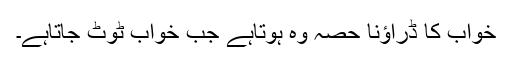
خواب کا ڈراؤنا حصہ وہ ہوتاہے جب خواب ٹوٹ جاتاہے۔